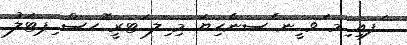
ަފއި ިމ ަވ ީނ ެސނެހިޔަ މި ިލ ަޓރީ ޮހސް ިޕޓަލު